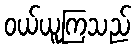
ဝယ်ယူကြသည်